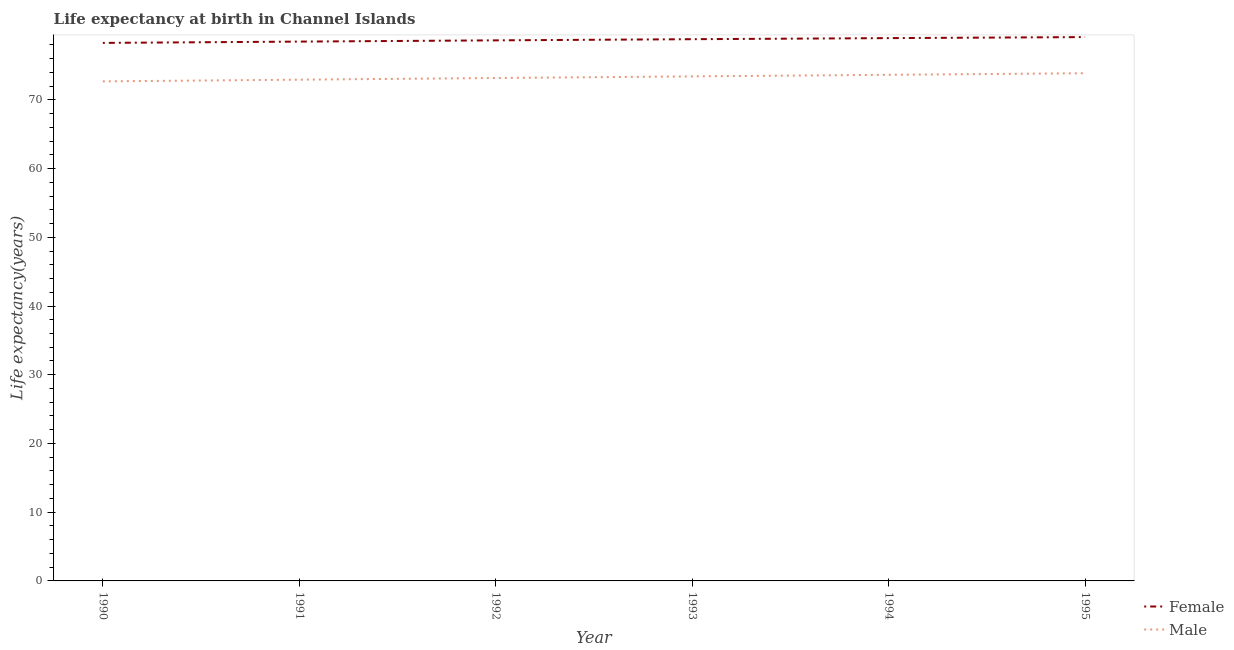
| Year | Female | Male |
 | --- | --- | --- |
 | 1990 | 78.3 | 72.7 |
 | 1991 | 78.5 | 72.9 |
 | 1992 | 78.7 | 73.2 |
 | 1993 | 78.8 | 73.4 |
 | 1994 | 79 | 73.6 |
 | 1995 | 79.1 | 73.9 |